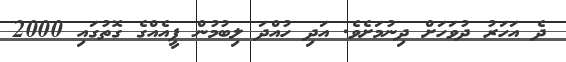
ދެ އަހަރު ދުވަހަށް ދިނުމަށެވެ. އަދި ހުއްދަ ލިބުމުން ފީއެއްގެ ގޮތުގައި 2000